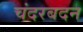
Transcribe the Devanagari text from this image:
चंदरबदन